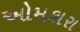
ઓમકારા